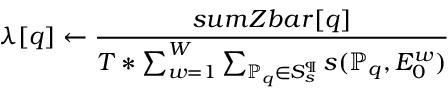
\lambda [ q ] \leftarrow \frac { s u m Z b a r [ q ] } { T * \sum _ { w = 1 } ^ { W } \sum _ { \mathbb { P } _ { q } \in S _ { s } ^ { \P } } s ( \mathbb { P } _ { q } , E _ { 0 } ^ { w } ) }